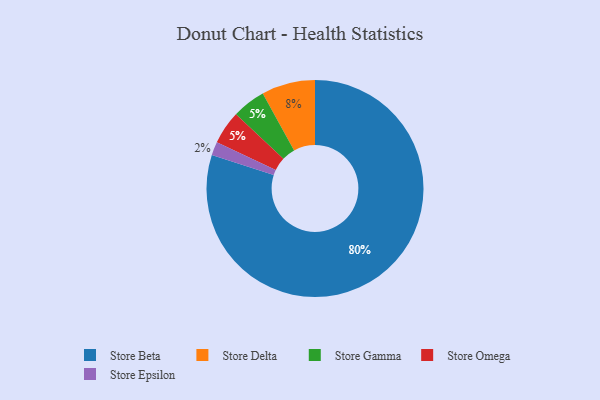
{"axis": {"x": "Category", "y": "Percentage"}, "legend": ["Store Beta", "Store Delta", "Store Epsilon", "Store Gamma", "Store Omega"], "data": [{"x": "Store Gamma", "y": 5, "type": "Store Gamma"}, {"x": "Store Epsilon", "y": 2, "type": "Store Epsilon"}, {"x": "Store Delta", "y": 8, "type": "Store Delta"}, {"x": "Store Omega", "y": 5, "type": "Store Omega"}, {"x": "Store Beta", "y": 80, "type": "Store Beta"}]}